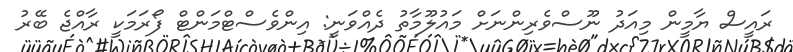
ރައީސް ޔާމީން މިއަދު ނޫސްވެރިންނަށް މައުލޫމާތު ދެއްވަނީ: އިންވެސްޓްމަންޓް ފޯރަމަކީ ރާއްޖެ ބޭރު